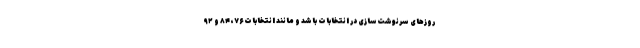
روزهای سرنوشت‌سازی در انتخابات باشد و مانند انتخابات ۷۶، ۸۴ و ۹۲